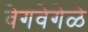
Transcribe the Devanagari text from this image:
वेगवेगेळे